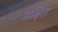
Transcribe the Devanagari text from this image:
मढ़ित